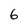
Character: 6